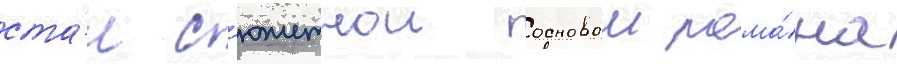
ста́л с'южетнои основои рома́на